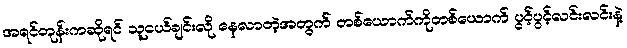
အရင်တုန်းကဆိုရင် သူငယ်ချင်းလို နေလာတဲ့အတွက် တစ်ယောက်ကိုတစ်ယောက် ပွင့်ပွင့်လင်းလင်းနဲ့